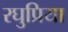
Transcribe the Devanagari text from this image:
रघुप्रिया